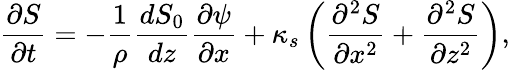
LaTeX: \frac{\partial S}{\partial t}=-\frac{1}{\rho}\frac{dS_{0}}{dz}\frac{\partial\psi}{\partial x}+\kappa_{s}\left(\frac{\partial^{2}S}{\partial x^{2}}+\frac{\partial^{2}S}{\partial z^{2}}\right),